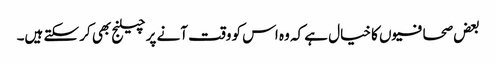
بعض صحافیوں کا خیال ہے کہ وہ اس کو وقت آنے پر چیلنج بھی کر سکتے ہیں۔